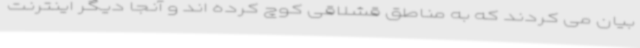
بیان می کردند که به مناطق قشلاقی کوچ کرده اند و آنجا دیگر اینترنت